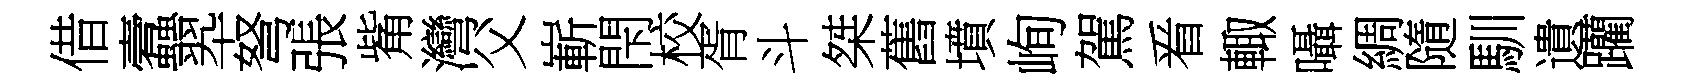
借蠧翆弩張觜灣父嶄閇校胥斗桀舊墳峋駕㸔輙囁綢隨馴遺躪